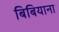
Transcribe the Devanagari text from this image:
बिबियाना